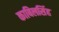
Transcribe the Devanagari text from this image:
काबिलसिंह